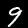
Digit: 9